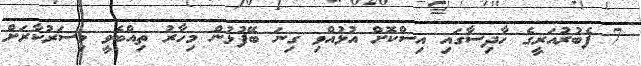
7 ފެބުރުއަރީގެ ހާދިސާގައި އިސްކޮށް އުޅުއްވި ގިނަ ބޭފުޅުން މިހާރު ތިއްބެވީ މިސަރުކާރަށް